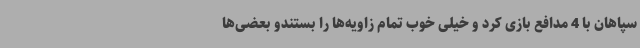
سپاهان با 4 مدافع بازی کرد و خیلی خوب تمام زاویه‌ها را بستندو بعضی‌ها